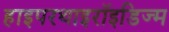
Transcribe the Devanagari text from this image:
हाइपरथाइरॉइडिज्म